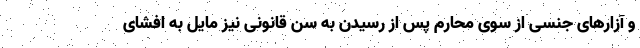
و آزارهای جنسی از سوی محارم پس از رسیدن به سن قانونی نیز مایل به افشای